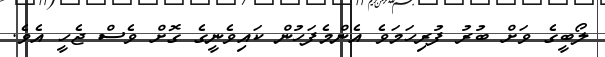
ލޯބީގެ ވަށް ބުރު ފުރިހަމަވެ އެންމެފަހުން ކައިވެނީގެ ގޮށް ވެސް ޖެހީ އެވެ.